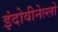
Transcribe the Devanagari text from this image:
इंदोवीनेल्लो